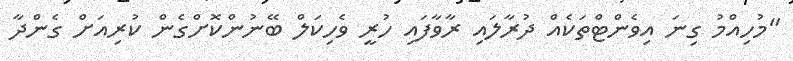
"މުހިއްމު ގިނަ އިވެންޓްތަކެއް ދުރާލައި ރާވާފައި ހުރީ ވެހިކަލް ބޭނުންކޮށްގެން ކުރިއަށް ގެންދާ